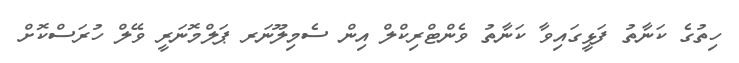
ހިތުގެ ކަނާތު ފަޅީގައިވާ ކަނާތު ވެންޓްރިކްލް އިން ސެމިލޫނަރ ޕަލްމޮނަރީ ވޭލް ހުރަސްކޮށް